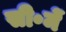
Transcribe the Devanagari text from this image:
सी॰में